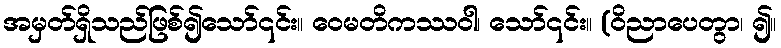
အမှတ်ရှိသည်ဖြစ်၍သော်၎င်း။ ဝေမတိကဿဝါ၊ သော်၎င်း။ (ဝိညာပေတွာ၊ ၍။